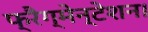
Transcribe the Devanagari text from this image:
फ्रैग्मेन्टेशन।